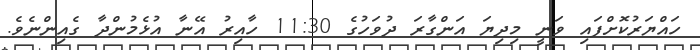
ހައްޔަރުކޮށްފައި ވަނީ މިދިޔަ އަންގާރަ ދުވަހުގެ 11:30 ހާއިރު އޭނާ އުޅެމުންދާ ގެއިންނެވެ.